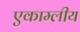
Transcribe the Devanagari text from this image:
एकाम्लीय